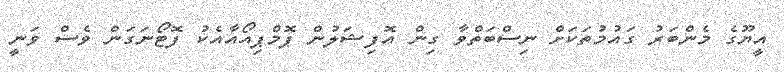
އީޔޫގެ މެންބަރު ގައުމުތަކަށް ނިސްބަތްވާ ގިން އޮފިޝަލުން ޕޮމްޕިއޯއާއެކު ފޮޓޯނަގަން ވެސް ވަނީ